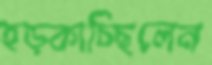
হড়্‌কাচ্ছিলেন